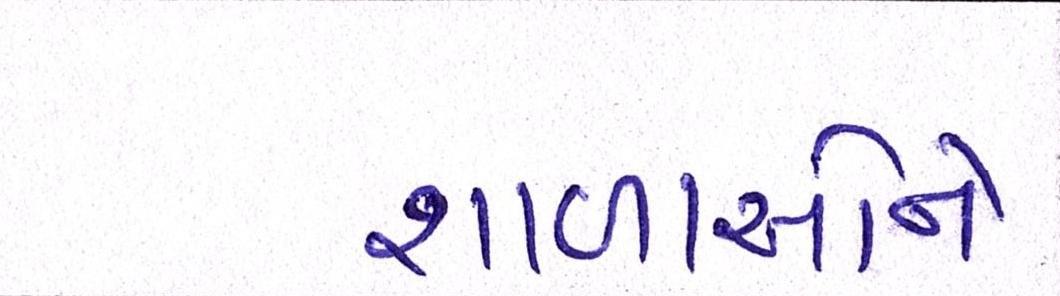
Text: શાળાઓને